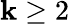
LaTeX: \mathbf{k}\ge2